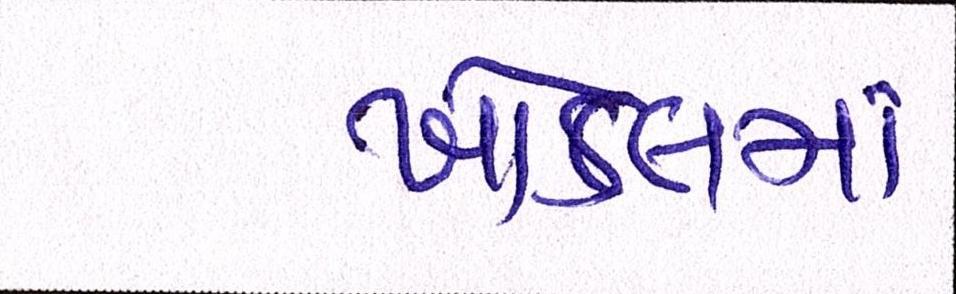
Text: ખોડલમા